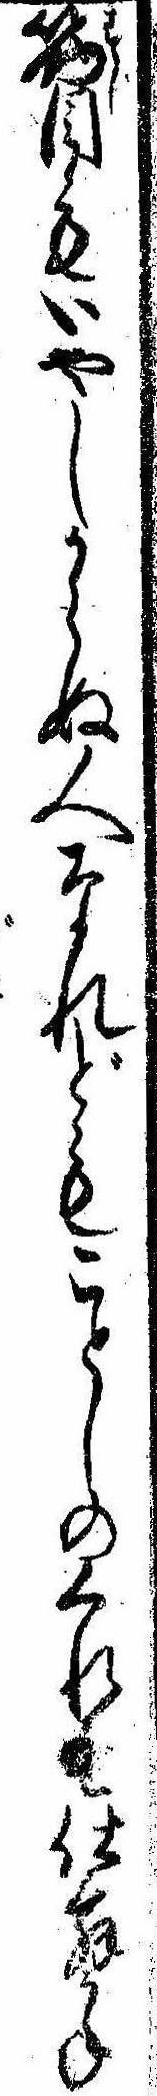
筋目もいやしからぬ人なれどもことしのくれ仕舞かね